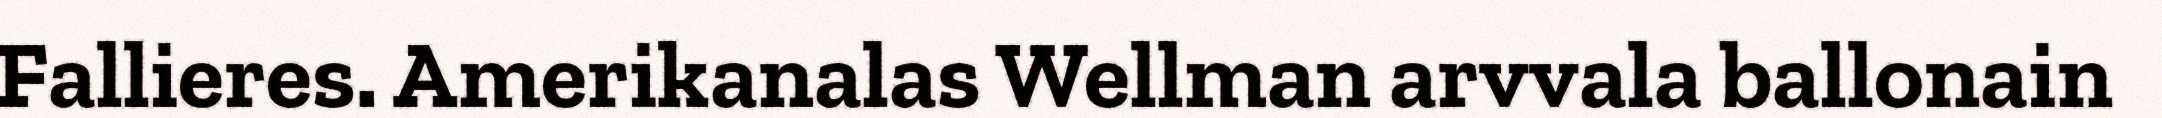
Fallieres. Amerikanalas Wellman arvvala ballonain